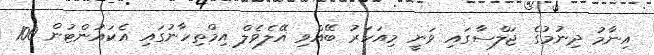
އިނާމު ދިނުމުގެ ޖަލްސާގައި ވަނީ މިއަހަރު ބޭއްވި އޭލެވެލް އިމްތިހާނުގައި އެކައުންޓުން 100